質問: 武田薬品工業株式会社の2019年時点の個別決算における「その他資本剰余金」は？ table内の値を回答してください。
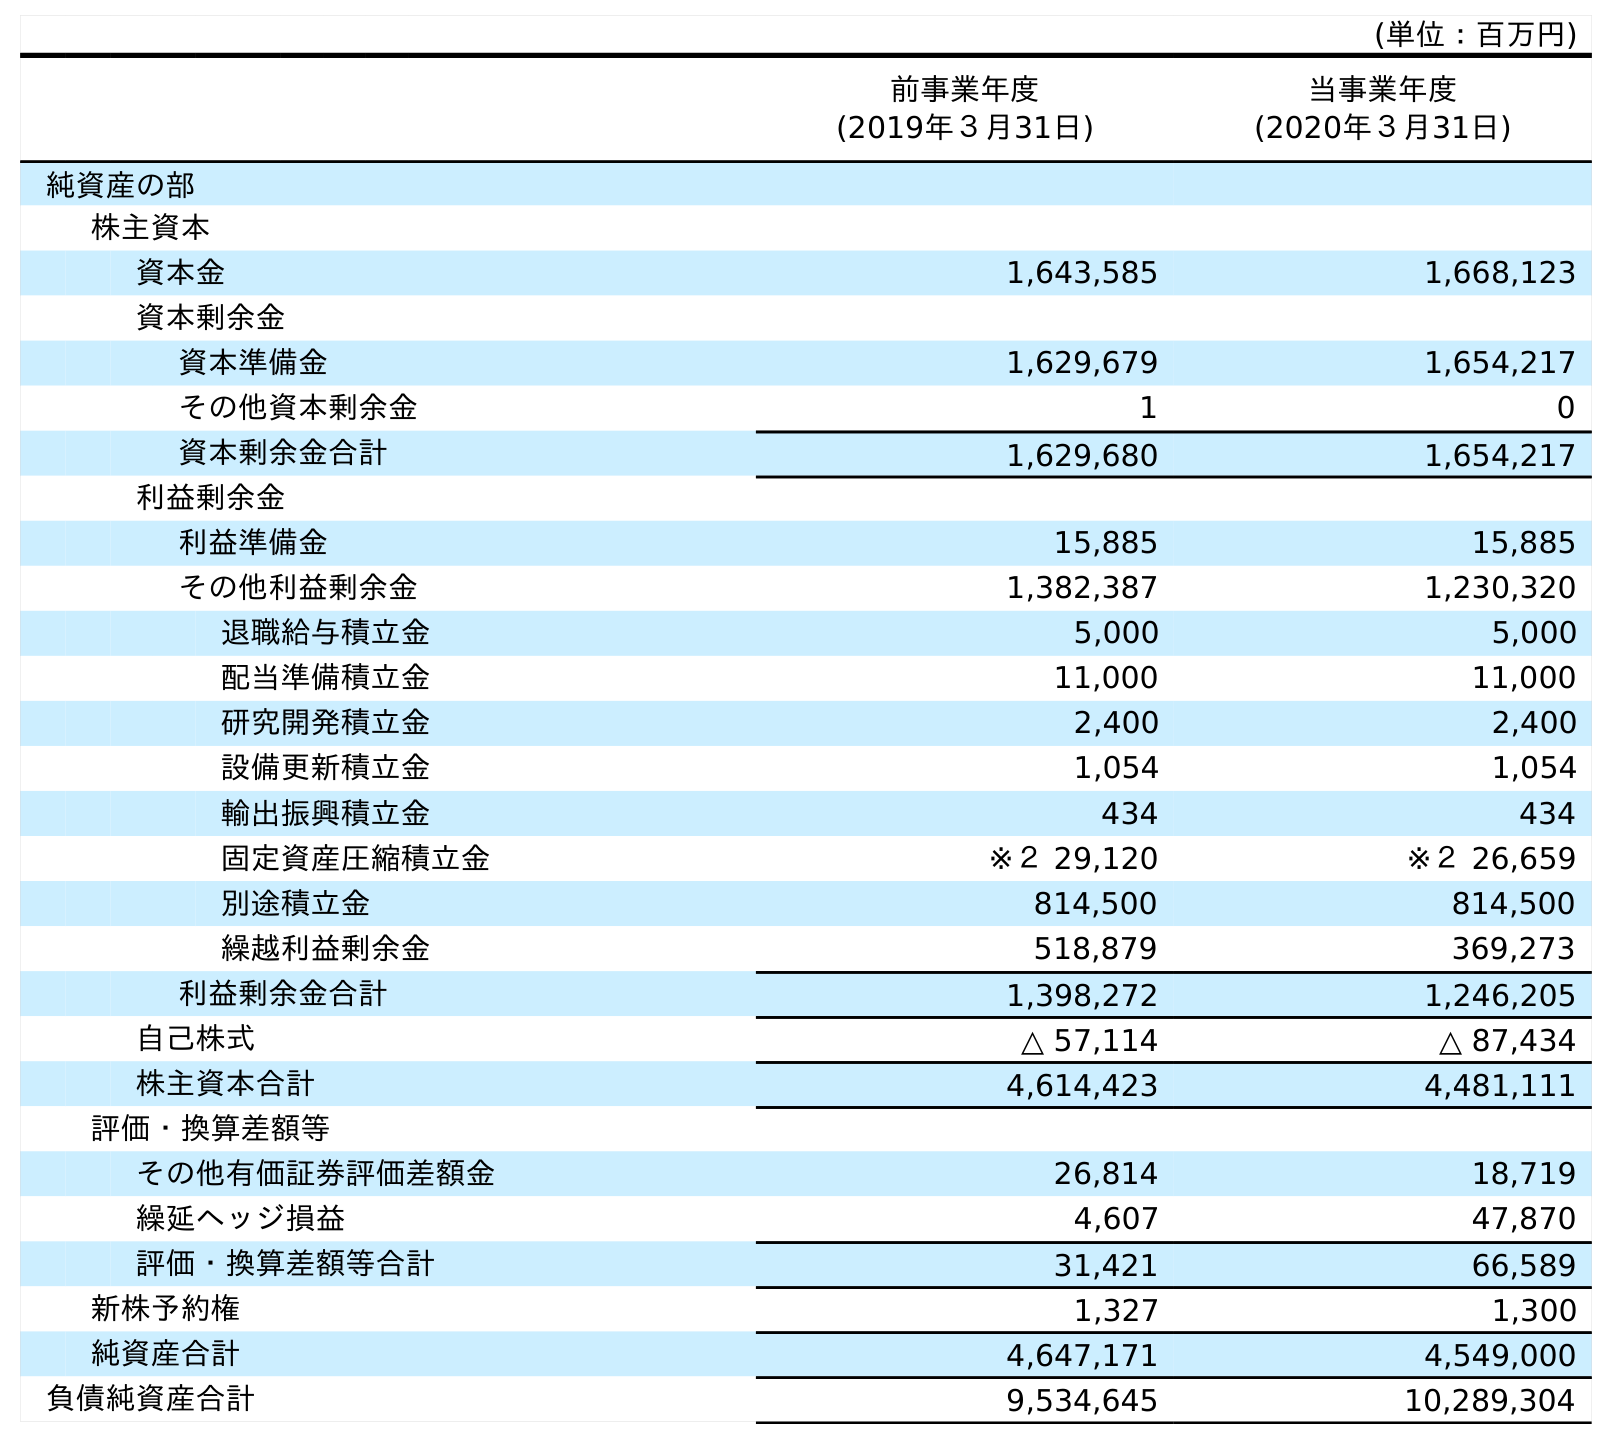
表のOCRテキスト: (単位：百万円) 前事業年度 (2019年３月31日) 当事業年度 (2020年３月31日) 純資産の部 株主資本 資本金 1,643,585 1,668,123 資本剰余金 資本準備金 1,629,679 1,654,217 その他資本剰余金 1 0 資本剰余金合計 1,629,680 1,654,217 利益剰余金 利益準備金 15,885 15,885 その他利益剰余金 1,382,387 1,230,320 退職給与積立金 5,000 5,000 配当準備積立金 11,000 11,000 研究開発積立金 2,400 2,400 設備更新積立金 1,054 1,054 輸出振興積立金 434 434 固定資産圧縮積立金 ※２ 29,120 ※２ 26,659 別途積立金 814,500 814,500 繰越利益剰余金 518,879 369,273 利益剰余金合計 1,398,272 1,246,205 自己株式 △ 57,114 △ 87,434 株主資本合計 4,614,423 4,481,111 評価・換算差額等 その他有価証券評価差額金 26,814 18,719 繰延ヘッジ損益 4,607 47,870 評価・換算差額等合計 31,421 66,589 新株予約権 1,327 1,300 純資産合計 4,647,171 4,549,000 負債純資産合計 9,534,645 10,289,304
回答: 1